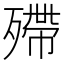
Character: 殢